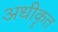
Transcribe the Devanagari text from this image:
अधीकॄत